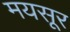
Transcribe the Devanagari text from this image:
मयसूर